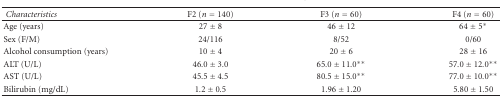
<table><thead><tr><td><b><i> Characteristics </i></b></td><td><b>F2 (n = 140)</b></td><td><b>F3 (n = 60)</b></td><td><b>F4 (n = 60)</b></td></tr></thead><tbody><tr><td>Age (years)</td><td>27 ± 8</td><td>46 ± 12</td><td>64 ± 5*</td></tr><tr><td>Sex (F/M)</td><td>24/116</td><td>8/52</td><td>0/60</td></tr><tr><td>Alcohol consumption (years)</td><td>10 ± 4</td><td>20 ± 6</td><td>28 ± 16</td></tr><tr><td>ALT (U/L)</td><td>46.0 ± 3.0</td><td>65.0 ± 11.0**</td><td>57.0 ± 12.0**</td></tr><tr><td>AST (U/L)</td><td>45.5 ± 4.5</td><td>80.5 ± 15.0**</td><td>77.0 ± 10.0**</td></tr><tr><td>Bilirubin (mg/dL)</td><td>1.2 ± 0.5</td><td>1.96 ± 1.20</td><td>5.80 ± 1.50</td></tr></tbody></table>